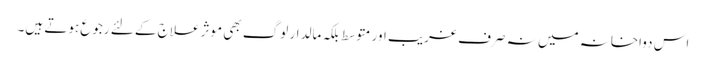
اس دواخانہ میں نہ صرف غریب اور متوسط بلکہ مالدار لوگ بھی موثر علاج کے لئے رجوع ہوتے ہیں۔